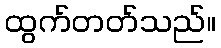
ထွက်တတ်သည်။